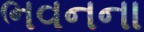
ભવનના